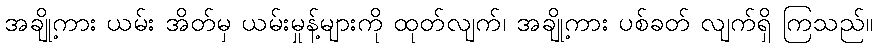
အချို့ကား ယမ်း အိတ်မှ ယမ်းမှုန့်များကို ထုတ်လျက်၊ အချို့ကား ပစ်ခတ် လျက်ရှိ ကြသည်။